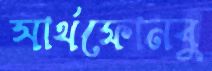
সার্থফোনবু